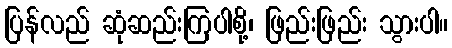
ပြန်လည် ဆုံဆည်းကြပါစို့၊ ဖြည်းဖြည်း သွားပါ။